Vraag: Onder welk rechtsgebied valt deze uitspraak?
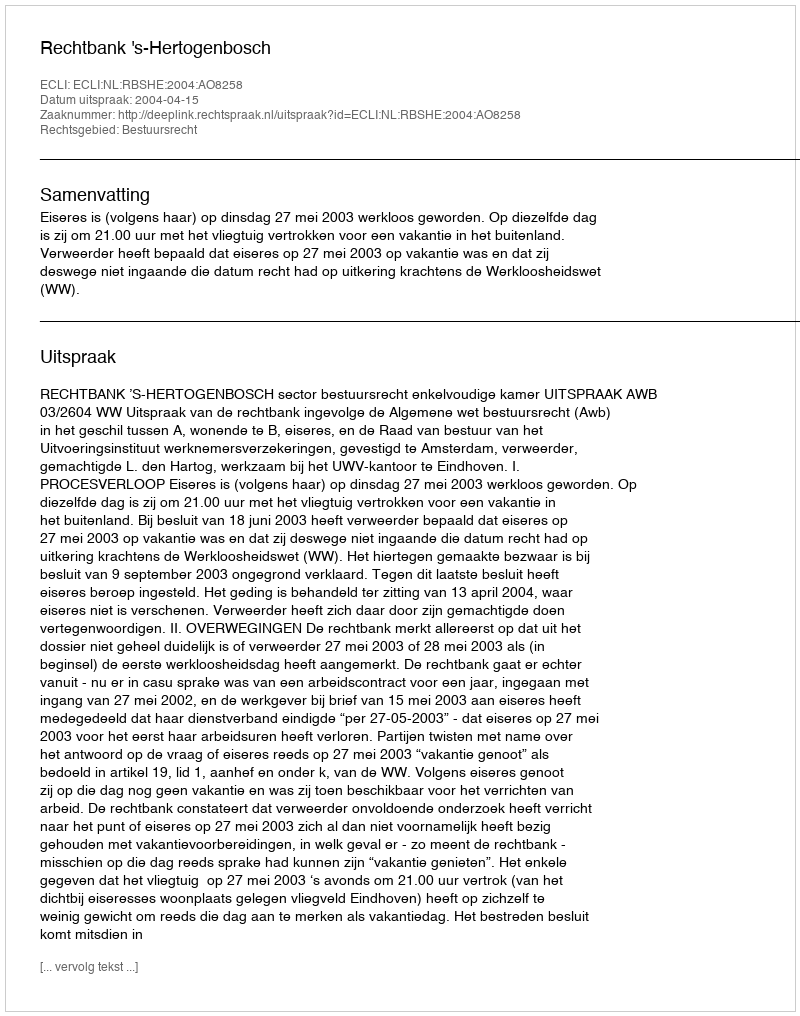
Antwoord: Bestuursrecht